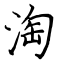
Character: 淘